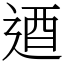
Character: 逎